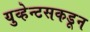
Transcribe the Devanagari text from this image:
युव्हेन्टसकडून